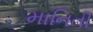
માનિતી